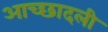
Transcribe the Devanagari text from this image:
आच्छादली